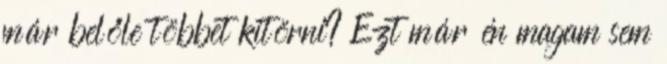
már belőle többet kitörni? Ezt már én magam sem